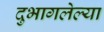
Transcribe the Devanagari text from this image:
दुभागलेल्या